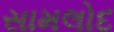
સામલોદ